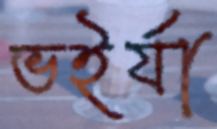
ভইর্যা